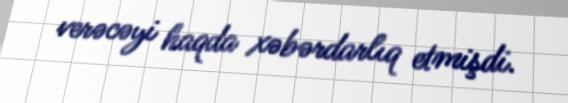
verəcəyi haqda xəbərdarlıq etmişdi.